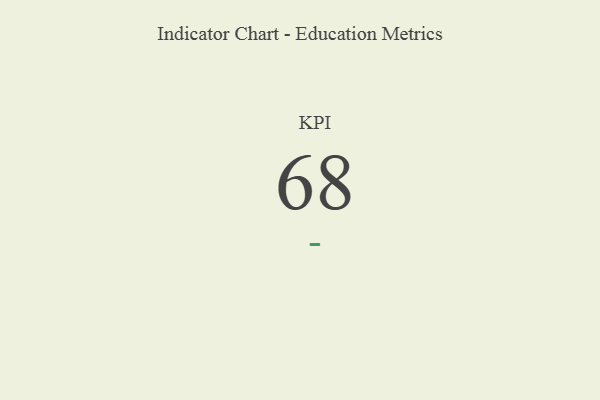
{"axis": {"x": "KPI", "y": "Value"}, "legend": [""], "data": [{"x": "KPI", "y": 68, "type": ""}]}